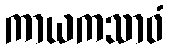
ကာယကသာဝံ